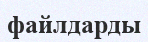
файлдарды